Mental hospitals Bombay report 1929-33 - 1929-1933
Year: 1929
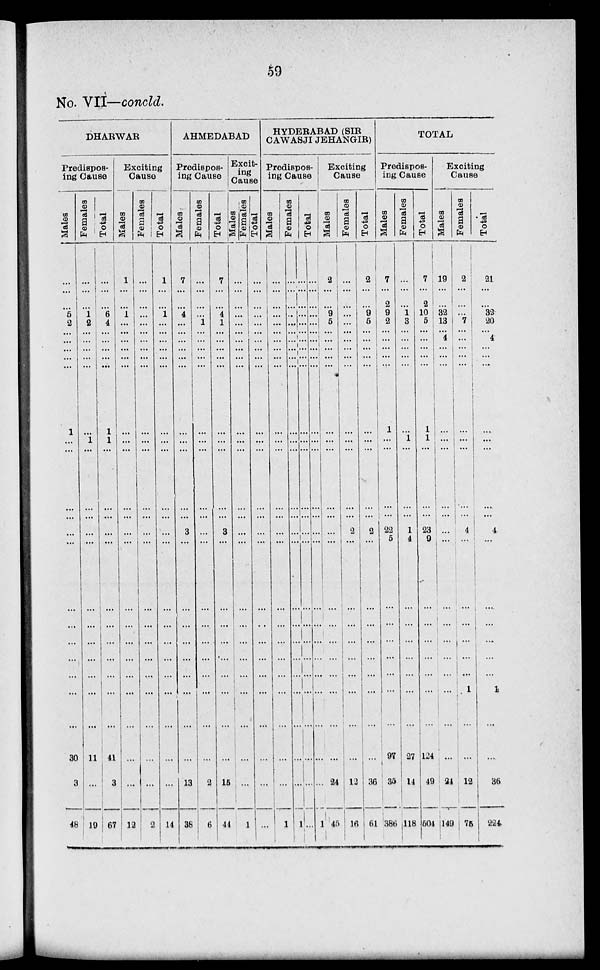
59
No. VII—concld.
DHARWAR
Predispos-
ing Cause
Males
...
...
...
6
2
...
...
...
...
...
1
...
...
...
...
...
...
...
...
...
...
...
...
...
30
3
48
Females
...
...
...
1
2
...
...
...
...
...
...
1
...
...
...
...
...
...
...
...
...
...
...
...
11
...
19
Total
...
...
...
6
4
...
...
...
...
...
1
1
...
...
...
...
...
...
...
...
...
...
...
...
41
3
67
Exciting
Cause
Males
1
...
...
1
...
...
...
...
...
...
...
...
...
...
...
...
...
...
...
...
...
...
...
...
...
...
12
Females
...
...
...
...
...
...
...
...
...
...
...
...
...
...
...
...
...
...
...
...
...
...
...
...
...
...
2
Total
1
...
...
1
...
...
...
...
...
...
...
...
...
...
...
...
...
...
...
...
...
...
...
...
...
...
14
AHMEDABAD
Predispos-
ing Cause
Males
7
...
...
4
...
...
...
...
...
...
...
...
...
...
...
3
...
...
...
...
...
...
...
...
...
13
38
Females
...
...
...
...
1
...
...
...
...
...
...
...
...
...
...
...
...
...
...
...
...
...
...
...
...
2
6
Total
7
...
...
4
1
...
...
...
...
...
...
...
...
...
...
3
...
...
...
...
...
...
...
...
...
15
44
Excit¬
ing
Cause
Males
Females
...
...
...
...
...
...
...
...
...
...
...
...
...
...
...
...
...
...
...
...
...
...
...
...
...
...
1
Total
...
...
...
...
...
...
...
...
...
...
...
...
...
...
...
...
...
...
...
...
...
...
...
...
...
...
HYDERABAD (SIR
CAWASJI JEHANGIR)
Predispos-
ing Cause
Males
...
...
...
...
...
...
...
...
...
...
...
...
...
...
...
...
...
...
...
...
...
...
...
...
...
...
1
Females
...
...
...
...
...
...
...
...
...
...
...
...
...
...
...
...
...
...
...
...
...
...
...
...
...
...
...
Total
...
...
...
...
...
...
...
...
...
...
...
...
...
...
...
...
...
...
...
...
...
...
...
...
...
...
...
...
...
...
...
...
...
...
...
...
...
...
...
...
...
...
...
...
...
...
...
...
...
...
...
...
...
...
Exciting
Cause
Males
2
...
...
9
5
...
...
...
...
...
...
...
...
...
...
...
...
...
...
...
...
...
...
...
...
4
45
Females
...
...
...
...
...
...
...
...
...
...
...
...
...
...
...
2
...
...
...
...
...
...
...
...
...
12
16
Total
2
...
...
9
5
...
...
...
...
...
...
...
...
...
...
2
...
...
...
...
...
...
...
...
...
36
61
TOTAL
Predispos-
ing Cause
Males
7
...
2
9
2
...
...
...
...
...
1
...
...
...
...
22
5
...
...
...
...
...
...
...
97
35
386
Females
...
...
...
1
3
...
...
...
...
...
...
1
...
...
...
1
4
...
...
...
...
...
...
...
27
14
118
Total
7
...
2
10
5
...
1
1
...
23
9
124
49
504
Exciting
Cause
Males
19
...
32
13
...
4
...
...
...
24
149
Females
2
...
...
7
...
...
...
...
...
4
...
1
12
75
Total
21
...
32
20
...
4
...
...
...
...
4
1
36
224